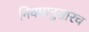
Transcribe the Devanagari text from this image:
नियमानुसारच